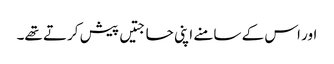
اور اس کے سامنے اپنی حاجتیں پیش کرتے تھے۔